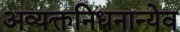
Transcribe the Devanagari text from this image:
अव्यक्तनिधनान्येव